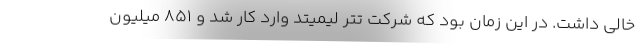
خالی داشت. در این زمان بود که شرکت تتر لیمیتد وارد کار شد و ۸۵۱ میلیون